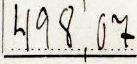
498,07